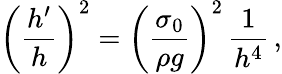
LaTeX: \left(\frac{h^{\prime}}{h}\right)^{2}=\left(\frac{\sigma_{0}}{\rho g}\right)^{2}\, \frac{1}{h^{4}}\, ,